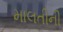
માલતીની